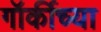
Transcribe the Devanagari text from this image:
गॉर्कीच्या